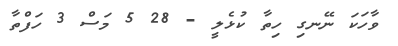
ވާހަކަ ނޭނގި ހިތާ ކުޅެލީ - 28 5 މަސް 3 ހަފްތާ